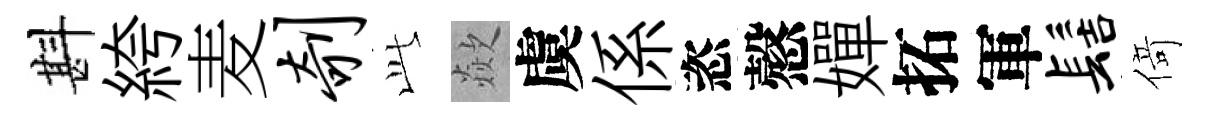
斟絝麦剞𬼘歘虞係恣慤嬋拓軍髻𠋣